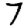
Digit: 7